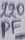
Text: 220PF